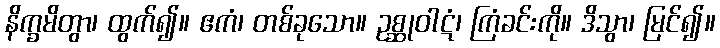
နိက္ခမိတွာ၊ ထွက်၍။ ဧကံ၊ တစ်ခုသော။ ဥစ္ဆုဝါဋံ၊ ကြံခင်းကို။ ဒိသွာ၊ မြင်၍။